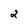
Character: 2